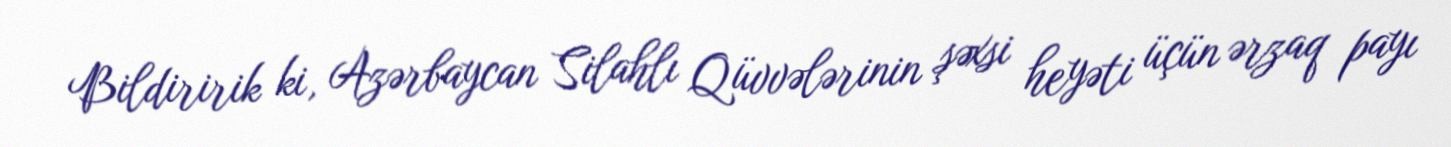
Bildiririk ki, Azərbaycan Silahlı Qüvvələrinin şəxsi heyəti üçün ərzaq payı